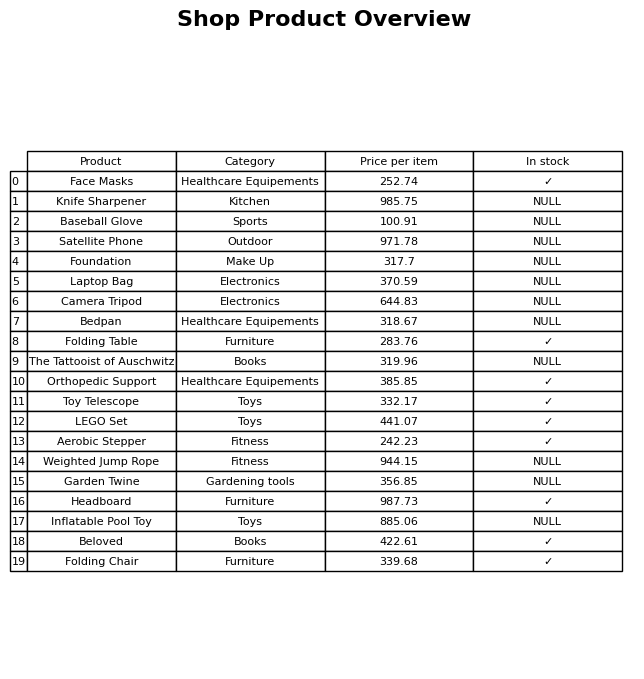
question: What is the price for Laptop Bag?
answer: The price of Laptop Bag is 370.59.